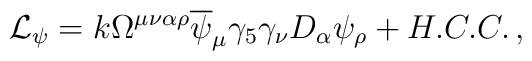
\mathcal{L}_{\psi }=k\Omega ^{\mu \nu \alpha \rho }\overline{\psi }_{\mu}\gamma _{5}\gamma _{\nu }D_{\alpha }\psi _{\rho }+H.C.C.\,,